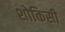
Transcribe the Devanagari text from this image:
शोकिसी